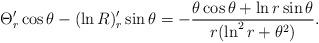
LaTeX: \begin{align*} \Theta '_r\cos \theta -(\ln R)'_r\sin \theta =-\frac{\theta \cos \theta +\ln r\sin \theta }{r(\ln ^2r+\theta ^2)}. \end{align*}